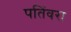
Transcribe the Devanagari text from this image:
पतिंवरा